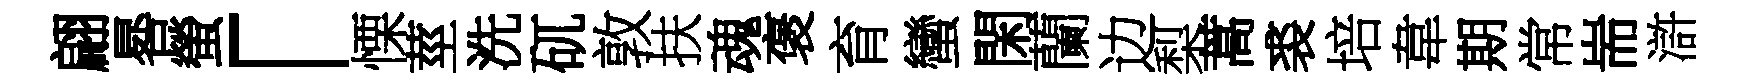
翩晷螢「慄莖洗矹敦扶魂褒育蠻閑蘭边梨蒿裘培韋期常耑滸